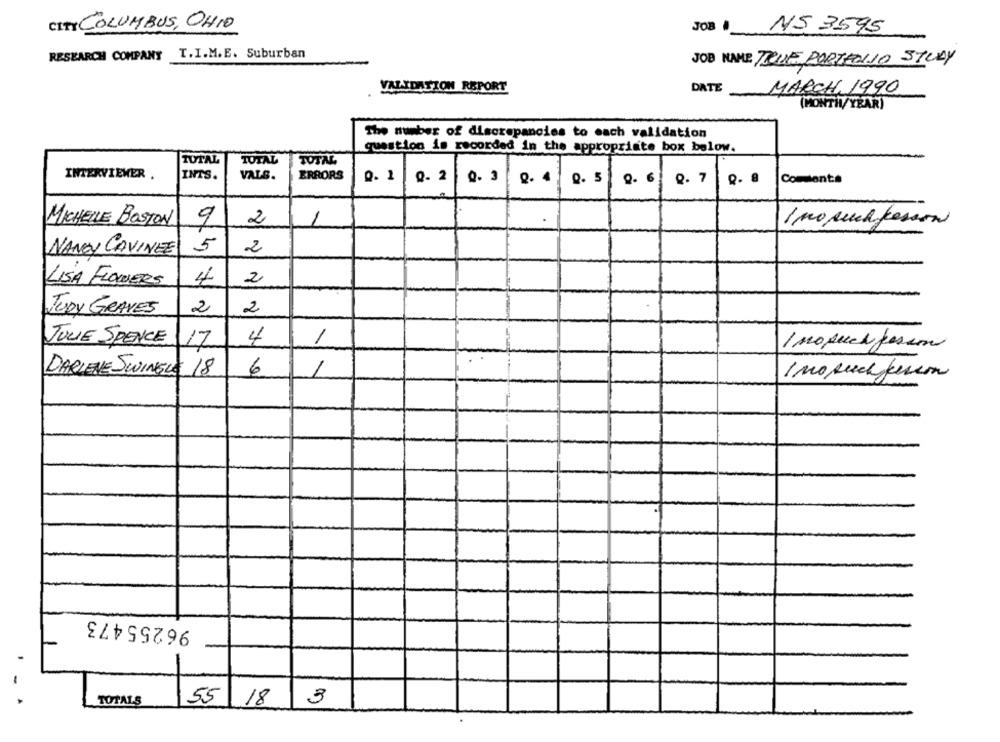
CITY COLUMBUS, OHIO
JOB . NO 3595
RESEARCH COMPANY
T.I.M.E. Suburban
JOB NAME TIENE PORTFOLIO STUDY
VALIDATION REPORT
DATE MARCH 1990
(MONTH/YEAR)
The number of discrepancies to each validation
question is recorded in the appropriate box below.
TUTAL
TOTAL
TOTAL
INTERVIEWER .
INTS.
VALS.
ERRORS
0. 1
Q. 2
0. 3
Q.4
0. 5
Q. 7
Q. 6
Comments
MICHELLE BOSTON
9
2
1 no such person
NANCY CAVINEZ
5
2
LISA FLOWERS
4
2
JUDY GRAVES
2
2
JULIE SPENCE
4
/
17
/ mosuch person
6
DARLENE SWINGLE 18
I no such person
96255473
TOTALS
55 18
3